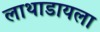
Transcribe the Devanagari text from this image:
लाथाडायला